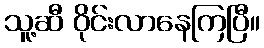
သူ့ဆီ ဝိုင်းလာနေကြပြီ။